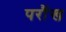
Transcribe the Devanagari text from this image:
परौंख